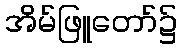
အိမ်ဖြူတော်၌